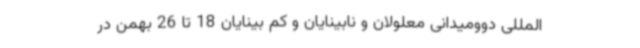
المللی دوومیدانی معلولان و نابینایان و کم بینایان 18 تا 26 بهمن در